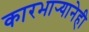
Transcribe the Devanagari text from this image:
कारभार्‍यानेही